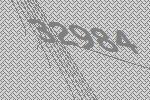
32984